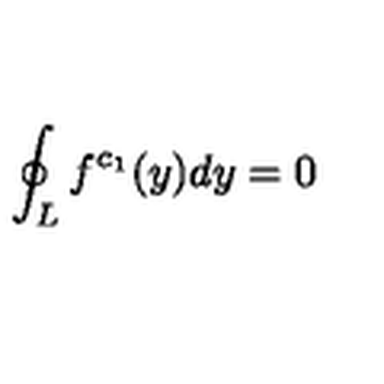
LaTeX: \oint _ { L } f ^ { c _ { 1 } } ( y ) d y = 0